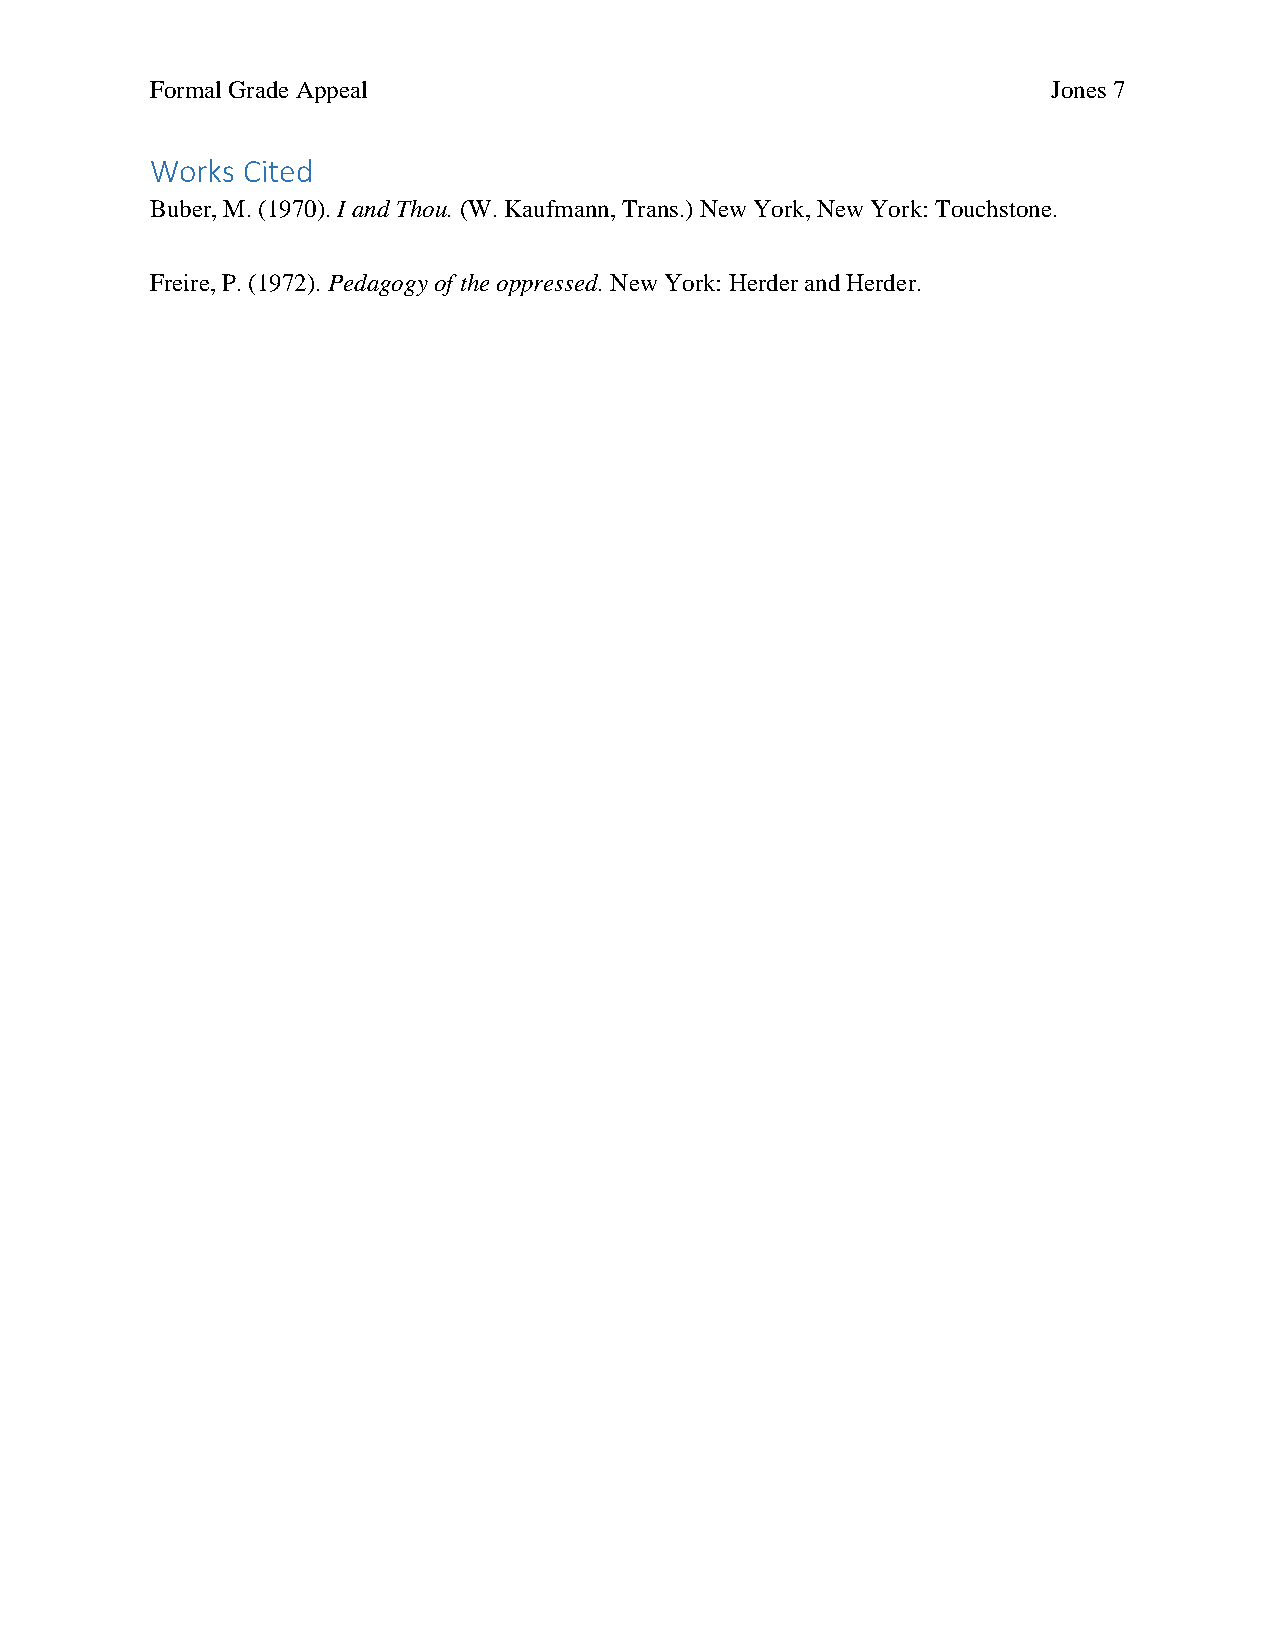
Formal Grade Appeal                                         Jones 7
 Works Cited
 Buber, M. (1970). I and Thou. (W. Kaufmann, Trans.) New York, New York: Touchstone.
 Freire, P. (1972). Pedagogy of the oppressed. New York: Herder and Herder.